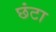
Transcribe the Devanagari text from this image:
छंटा